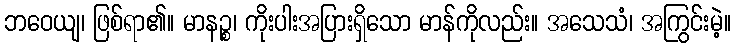
ဘဝေယျ၊ ဖြစ်ရာ၏။ မာနဉ္စ၊ ကိုးပါးအပြားရှိသော မာန်ကိုလည်း။ အသေသံ၊ အကြွင်းမဲ့။